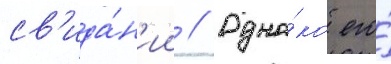
св'ида́н'ии // Одна́ко его́